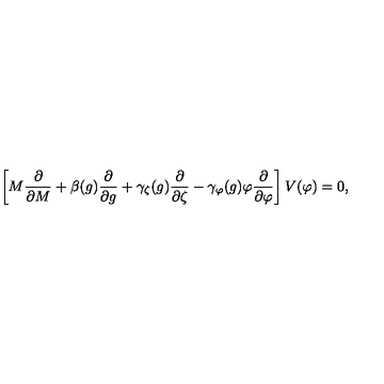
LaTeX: \left[ M { \frac { \partial } { \partial M } } + \beta ( g ) { \frac { \partial } { \partial g } } + \gamma _ { \zeta } ( g ) { \frac { \partial } { \partial \zeta } } - \gamma _ { \varphi } ( g ) \varphi { \frac { \partial } { \partial \varphi } } \right] V ( \varphi ) = 0 ,